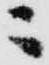
ニ